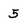
Character: 5